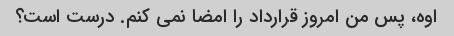
اوه، پس من امروز قرارداد را امضا نمی کنم. درست است؟